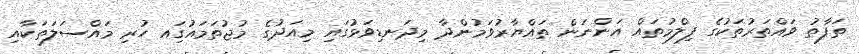
ތަފާތު ވައްތަރުތަކުގެ ފިލްމުތައް އަންނަން ތައްޔާރުވަމުންދާ މިދަނޑިވަޅުގައި މިއަދުގެ މުޖުތަމައުގަިއ ހުރި މައްސަލަތަކާއި